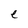
Character: e